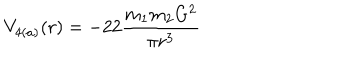
V _ { 4 ( a ) } ( r ) = - 2 2 \frac { m _ { 1 } m _ { 2 } G ^ { 2 } } { \pi r ^ { 3 } }